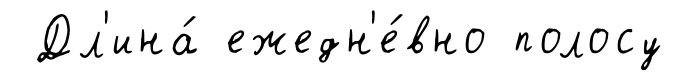
Дл'ина́ ежедн'е́вно полосу